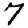
Digit: 7